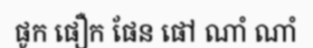
ផូក ផឿក ផែន ផៅ ណាំ ណាំ